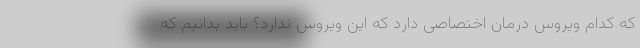
که کدام ویروس درمان اختصاصی دارد که این ویروس ندارد؟ باید بدانیم که